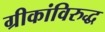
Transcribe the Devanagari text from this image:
ग्रीकांविरुद्ध